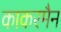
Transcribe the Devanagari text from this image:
काकरमैन